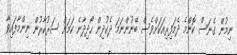
ނިމުން ގެނަސް ކޮންމެ ދެމަފިރިއަކަށްވެސް ބޭނުންނަމަ ދެކުދިން ހޯދިދާނެ ކަމަށް ސަރުކާރުން ނިންމާފައިވާ